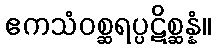
ဧကသံဝစ္ဆရပ္ပဋိစ္ဆန္နံ။